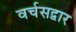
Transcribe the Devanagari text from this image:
वर्चसद्वार